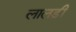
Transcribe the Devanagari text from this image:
लालड़ी